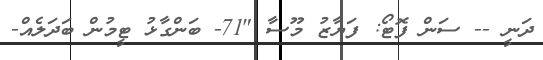
ދަނީ -- ސަން ފޮޓޯ: ފަޔާޒު މޫސާ "71- ބަންގާޅު ޓީމުން ބަދަލެއް-